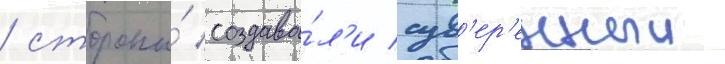
/ стороны́ создава́л'и сув'ер'енныи